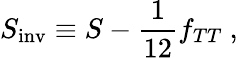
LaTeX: S_{\mathrm{inv}}\equiv S-{\frac{1}{12}}f_{TT}\ ,